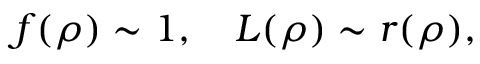
f ( \rho ) \sim 1 , \quad L ( \rho ) \sim r ( \rho ) ,